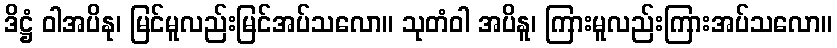
ဒိဋ္ဌံ ဝါအပိနု၊ မြင်မူလည်းမြင်အပ်သလော။ သုတံဝါ အပိနူ၊ ကြားမူလည်းကြားအပ်သလော။